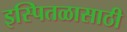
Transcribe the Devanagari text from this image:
इस्पितळासाठी